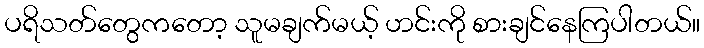
ပရိသတ်တွေကတော့ သူမချက်မယ့် ဟင်းကို စားချင်နေကြပါတယ်။